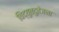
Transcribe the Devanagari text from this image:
विद्युतदुतेजना